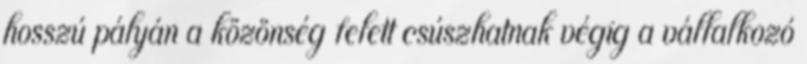
hosszú pályán a közönség felett csúszhatnak végig a vállalkozó